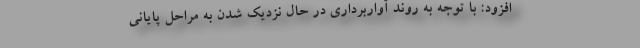
افزود: با توجه به روند آواربرداری در حال نزدیک شدن به مراحل پایانی